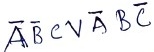
Text: ABCVABC